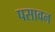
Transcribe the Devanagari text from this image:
पसावन